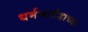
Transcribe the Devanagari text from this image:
धर्ममार्तंडाच्या